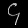
Digit: ၄